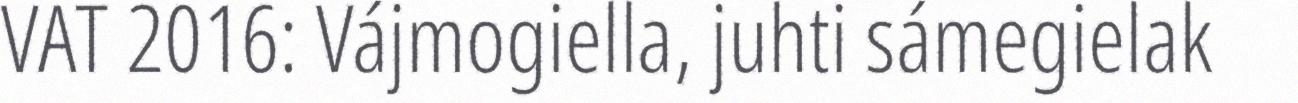
VAT 2016: Vájmogiella, juhti sámegielak